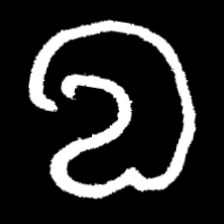
Pyu character \u2014 Myanmar letter: လ (romanized: la)